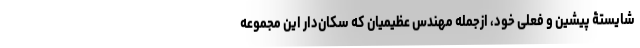
شایستۀ پیشین و فعلی خود، ازجمله مهندس عظیمیان که سکان‌دار این مجموعه